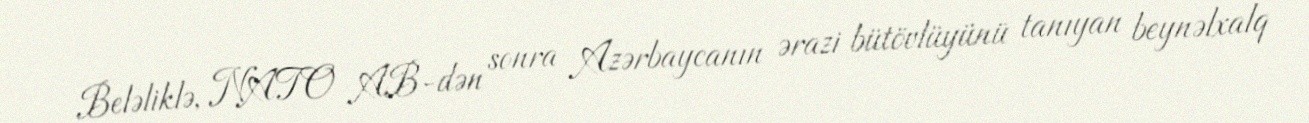
Beləliklə, NATO AB-dən sonra Azərbaycanın ərazi bütövlüyünü tanıyan beynəlxalq